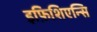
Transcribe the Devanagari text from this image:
इफ़िशिएन्सि